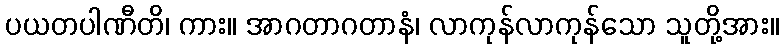
ပယတပါဏီတိ၊ ကား။ အာဂတာဂတာနံ၊ လာကုန်လာကုန်သော သူတို့အား။